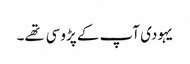
یہودی آپ کے پڑوسی تهے۔